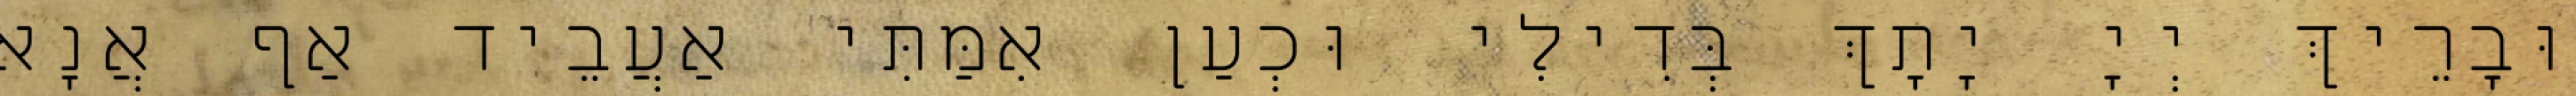
וּבָרֵיךְ יְיָ יָתָךְ בְּדִילִי וּכְעַן אִמַּתִּי אַעֲבֵיד אַף אֲנָא